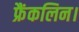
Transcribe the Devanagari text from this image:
फ्रैंकलिन।